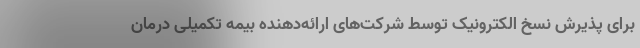
برای پذیرش نسخ الکترونیک توسط شرکت‌های ارائه‌دهنده بیمه تکمیلی درمان